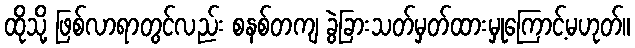
ထိုသို့ ဖြစ်လာရာတွင်လည်း စနစ်တကျ ခွဲခြားသတ်မှတ်ထားမှုကြောင့်မဟုတ်။